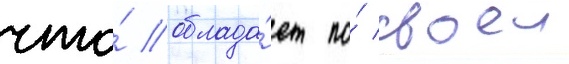
что́ облада́ет по́ своеи